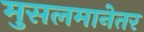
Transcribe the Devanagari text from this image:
मुसलमानेतर